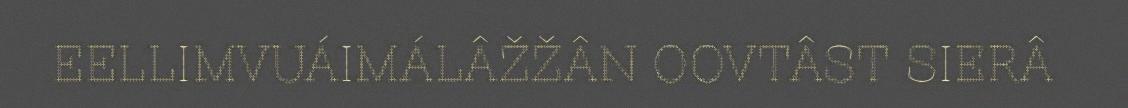
EELLIMVUÁIMÁLÂŽŽÂN OOVTÂST SIERÂ